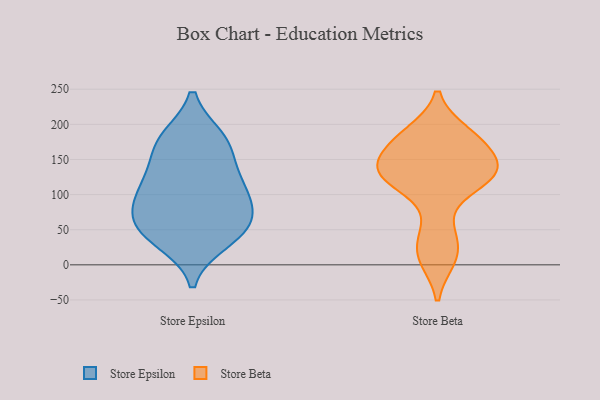
{"axis": {"x": "Active Users", "y": "Value"}, "legend": ["Store Beta", "Store Epsilon"], "data": [{"x": "", "y": 172, "type": "Store Epsilon"}, {"x": "", "y": 45, "type": "Store Epsilon"}, {"x": "", "y": 35, "type": "Store Epsilon"}, {"x": "", "y": 54, "type": "Store Epsilon"}, {"x": "", "y": 73, "type": "Store Epsilon"}, {"x": "", "y": 101, "type": "Store Epsilon"}, {"x": "", "y": 118, "type": "Store Epsilon"}, {"x": "", "y": 95, "type": "Store Epsilon"}, {"x": "", "y": 173, "type": "Store Epsilon"}, {"x": "", "y": 58, "type": "Store Epsilon"}, {"x": "", "y": 179, "type": "Store Epsilon"}, {"x": "", "y": 125, "type": "Store Epsilon"}, {"x": "", "y": 10, "type": "Store Beta"}, {"x": "", "y": 131, "type": "Store Beta"}, {"x": "", "y": 186, "type": "Store Beta"}, {"x": "", "y": 133, "type": "Store Beta"}, {"x": "", "y": 131, "type": "Store Beta"}, {"x": "", "y": 127, "type": "Store Beta"}, {"x": "", "y": 174, "type": "Store Beta"}, {"x": "", "y": 17, "type": "Store Beta"}, {"x": "", "y": 168, "type": "Store Beta"}, {"x": "", "y": 181, "type": "Store Beta"}, {"x": "", "y": 123, "type": "Store Beta"}, {"x": "", "y": 129, "type": "Store Beta"}, {"x": "", "y": 51, "type": "Store Beta"}]}